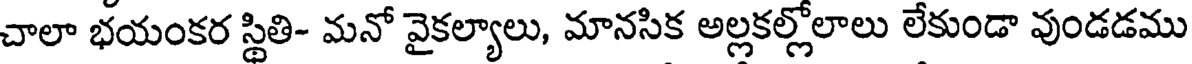
చాలా భయంకర స్థితి- మనో వైకల్యాలు, మానసిక అల్లకల్లోలాలు లేకుండా వుండడము